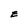
Character: E